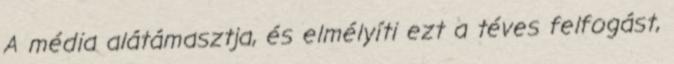
A média alátámasztja, és elmélyíti ezt a téves felfogást,